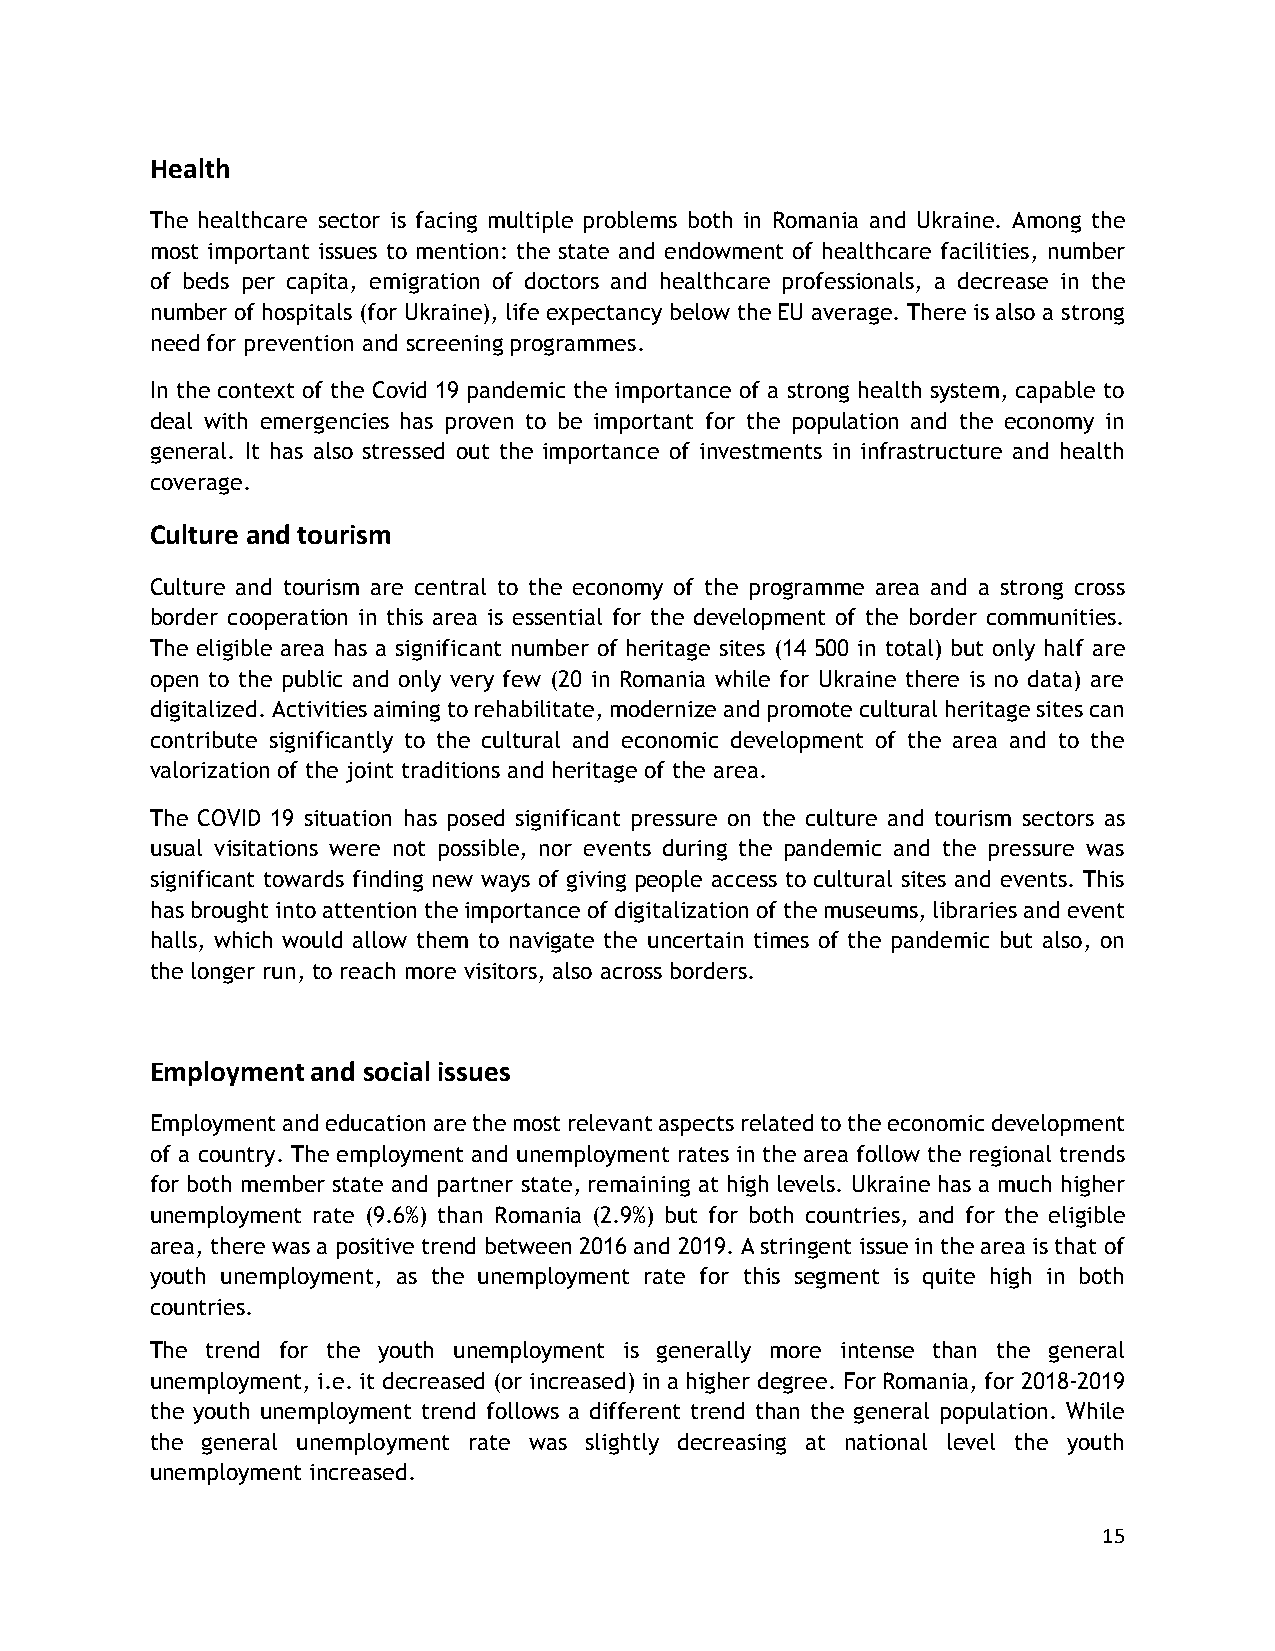
Health
 The healthcare sector is facing multiple problems both in Romania and Ukraine. Among the
 most important issues to mention: the state and endowment of healthcare facilities, number
 of beds per capita, emigration of doctors and healthcare professionals, a decrease in the
 number of hospitals (for Ukraine), life expectancy below the EU average. There is also a strong
 need for prevention and screening programmes.
 In the context of the Covid 19 pandemic the importance of a strong health system, capable to
 deal with emergencies has proven to be important for the population and the economy in
 general. It has also stressed out the importance of investments in infrastructure and health
 coverage.
 Culture and tourism
 Culture and tourism are central to the economy of the programme area and a strong cross
 border cooperation in this area is essential for the development of the border communities.
 The eligible area has a significant number of heritage sites (14 500 in total) but only half are
 open to the public and only very few (20 in Romania while for Ukraine there is no data) are
 digitalized. Activities aiming to rehabilitate, modernize and promote cultural heritage sites can
 contribute significantly to the cultural and economic development of the area and to the
 valorization of the joint traditions and heritage of the area.
 The COVID 19 situation has posed significant pressure on the culture and tourism sectors as
 usual visitations were not possible, nor events during the pandemic and the pressure was
 significant towards finding new ways of giving people access to cultural sites and events. This
 has brought into attention the importance of digitalization of the museums, libraries and event
 halls, which would allow them to navigate the uncertain times of the pandemic but also, on
 the longer run, to reach more visitors, also across borders.
 Employment and social issues
 Employment and education are the most relevant aspects related to the economic development
 of a country. The employment and unemployment rates in the area follow the regional trends
 for both member state and partner state, remaining at high levels. Ukraine has a much higher
 unemployment rate (9.6%) than Romania (2.9%) but for both countries, and for the eligible
 area, there was a positive trend between 2016 and 2019. A stringent issue in the area is that of
 youth unemployment, as the unemployment rate for this segment is quite high in both
 countries.
 The trend for the youth unemployment is generally more intense than the general
 unemployment, i.e. it decreased (or increased) in a higher degree. For Romania, for 2018-2019
 the youth unemployment trend follows a different trend than the general population. While
 the general unemployment rate was slightly decreasing at national level the youth
 unemployment increased.
 15